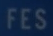
FES